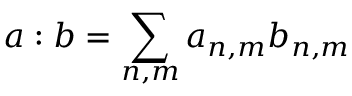
\boldsymbol { a } : \boldsymbol { b } = \sum _ { n , m } a _ { n , m } b _ { n , m }